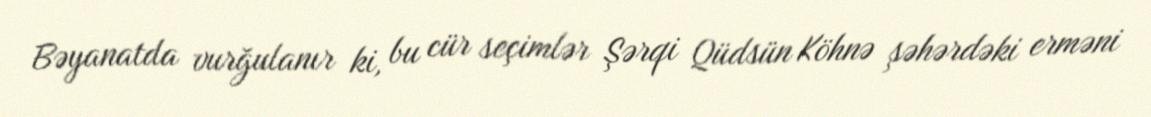
Bəyanatda vurğulanır ki, bu cür seçimlər Şərqi Qüdsün Köhnə şəhərdəki erməni